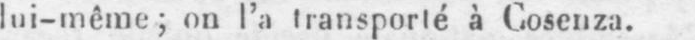
lui-même; on l’a transporté à Cosenza.